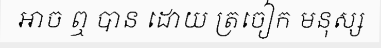
ឤច ឮ បាន ដោយ ត្រចៀក មនុស្ស